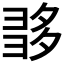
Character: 𡖩